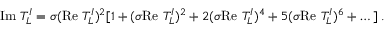
\mathrm { I m } ~ T _ { L } ^ { I } = \sigma ( \mathrm { R e } ~ T _ { L } ^ { I } ) ^ { 2 } [ 1 + ( \sigma \mathrm { R e } ~ T _ { L } ^ { I } ) ^ { 2 } + 2 ( \sigma \mathrm { R e } ~ T _ { L } ^ { I } ) ^ { 4 } + 5 ( \sigma \mathrm { R e } ~ T _ { L } ^ { I } ) ^ { 6 } + \dots ] \; .